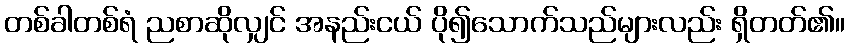
တစ်ခါတစ်ရံ ညစာဆိုလျှင် အနည်းငယ် ပို၍သောက်သည်များလည်း ရှိတတ်၏။